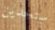
ستجدين